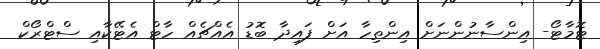
ޓޮމާޓޯ- އިންސާނުންނަށް އިންތިހާ އަށް ފައިދާ ބޮޑު އެއްޗެއް ހާޓް އެޓޭކާއި ސްޓްރޯކް